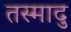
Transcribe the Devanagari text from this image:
तस्मादु